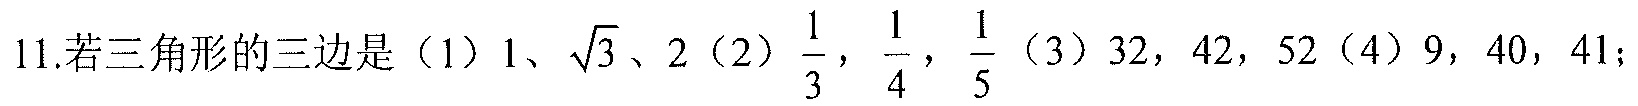
11.若三角形的三边是（1）$1$、$\sqrt{3}$、$2$（2）$\dfrac{1}{3}$，$\dfrac{1}{4}$，$\dfrac{1}{5}$（3）$32$，$42$，$52$（4）$9$，$40$，$41$；